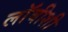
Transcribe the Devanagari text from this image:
लाॅबीशी